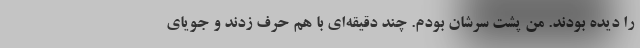
را دیده بودند. من پشت سرشان بودم. چند دقیقه‌ای با هم حرف زدند و جویای